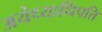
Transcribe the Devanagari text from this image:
अयेध्याधिपति